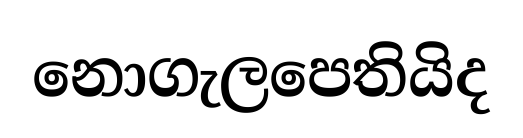
නොගැලපෙතියිද